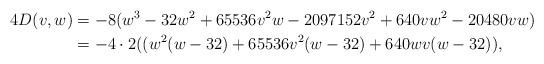
LaTeX: \begin{align*}4D(v, w) &= -8( w^3 - 32 w^2 + 65536 v^2 w -2097152 v^2 + 640 v w^2 - 20480 v w)\\&= -4\cdot 2((w^2 (w - 32) + 65536 v^2 (w - 32) + 640 wv (w - 32)),\end{align*}